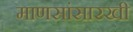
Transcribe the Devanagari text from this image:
माणसांसारखी